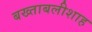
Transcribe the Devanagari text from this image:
बख्ताबलीशाह